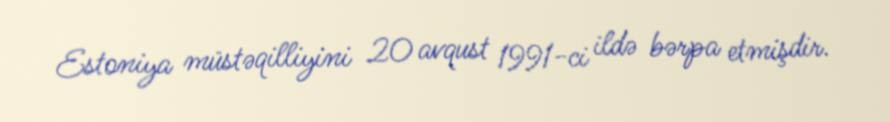
Estoniya müstəqilliyini 20 avqust 1991-ci ildə bərpa etmişdir.